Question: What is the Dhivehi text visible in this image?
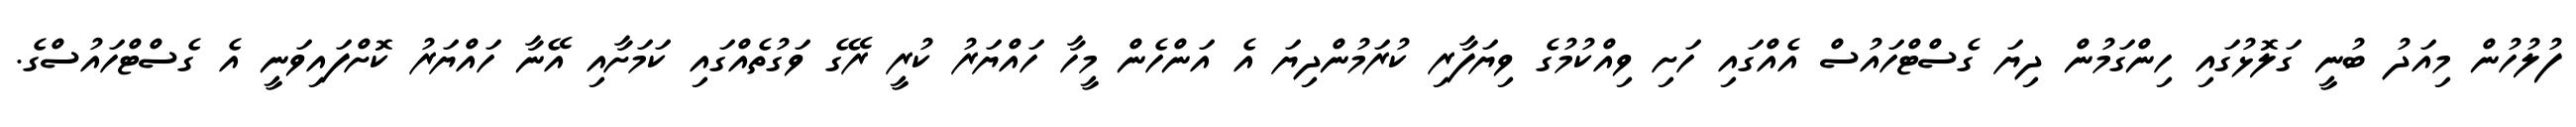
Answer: ފުލުހުން މިއަދު ބުނީ ގަލޮޅުގައި ހިންގަމުން ދިޔަ ގެސްޓްހައުސް އެއްގައި ހަށި ވިއްކުމުގެ ވިޔަފާރި ކުރަމުންދިޔަ އެ އަންހެން މީހާ ހައްޔަރު ކުރީ ރޭގެ ވަގުތެއްގައި ކަމަށާއި އޭނާ ހައްޔަރު ކޮށްފައިވަނީ އެ ގެސްޓްހައުސްގެ.